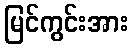
မြင်ကွင်းအား